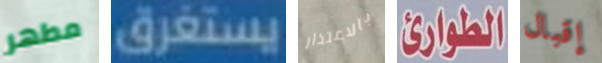
مطهر يستغرق بالاعتذار الطوارئ إقبال